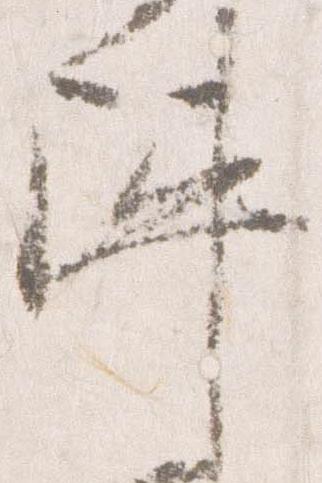
陣